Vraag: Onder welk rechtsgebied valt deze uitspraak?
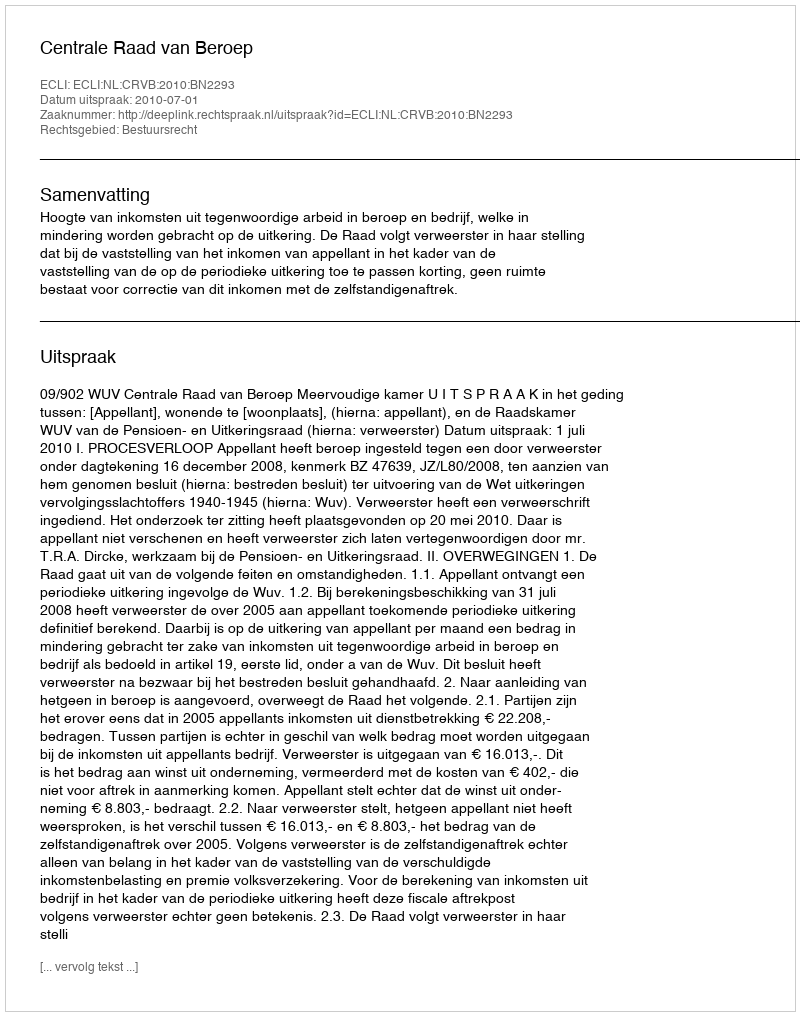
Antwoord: Bestuursrecht